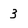
Character: 3